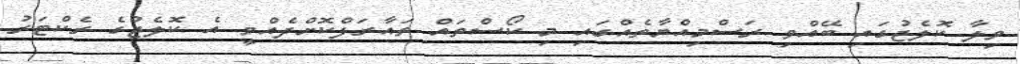
ވިލާ ކޮލެޖުގައި ބޭއްވި ރަސްމިއްޔާތެއްގައި މި ކޯސްތައް ތައާރަފްކޮށްދެއްވީ އެ ކޮލެޖުގެ ރެކްޓަރު